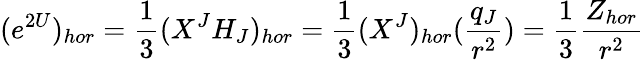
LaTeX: (e^{2U})_{hor}={\frac{1}{3}}(X^{J}H_{J})_{hor}={\frac{1}{3}}(X^{J})_{hor}({\frac{q_{J}}{r^{2}}})={\frac{1}{3}}{\frac{Z_{hor}}{r^{2}}}